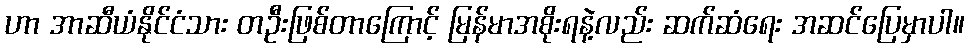
ဟာ အာဆီယံနိုင်ငံသား တဦးဖြစ်တာကြောင့် မြန်မာအစိုးရနဲ့လည်း ဆက်ဆံရေး အဆင်ပြေမှာပါ။